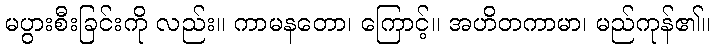
မပွားစီးခြင်းကို လည်း။ ကာမနတော၊ ကြောင့်။ အဟိတကာမာ၊ မည်ကုန်၏။